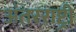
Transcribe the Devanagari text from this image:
अंतरराष्ट्री